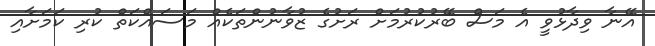
އޭނާ ވިދާޅުވީ އެ މަސް ބޭރުކުރުމަށް ރަށުގެ ޒުވާނުންތަކެއް މަސައްކަތް ކުރި ކަމަށާއި